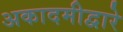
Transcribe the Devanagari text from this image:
अकादमीद्वारे